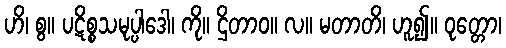
ဟိ၊ စွ။ ပဋိစ္စသမုပ္ပါဒေါ၊ ကို။ ဌိတာဝ။ လ။ မတာတိ၊ ဟူ၍။ ဝုတ္တော၊